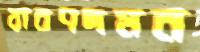
রাবণদমন